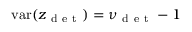
\mathrm { v a r } ( z _ { \mathrm { ~ d ~ e ~ t ~ } } ) = \nu _ { \mathrm { ~ d ~ e ~ t ~ } } - 1